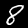
Label: 8